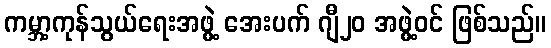
ကမ္ဘာ့ကုန်သွယ်ရေးအဖွဲ့ အေးပက် ဂျီ၂၀ အဖွဲ့ဝင် ဖြစ်သည်။